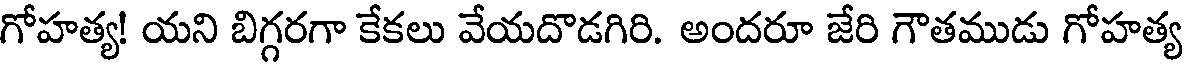
గోహత్య! యని బిగ్గరగా కేకలు వేయదొడగిరి. అందరూ జేరి గౌతముడు గోహత్య